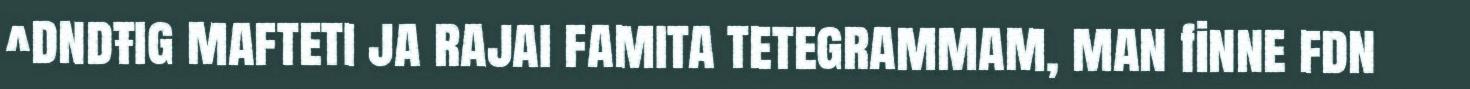
^dndŧig mafteti ja rajai famita tetegrammam, man finne fdn